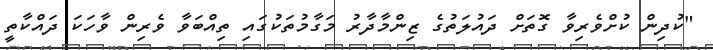
"ކުދިން ކުށްވެރިވާ ގޮތަށް ދައުލަތުގެ ޒިންމާދާރު މަގާމުތަކުގައި ތިއްބަވާ ވެރިން ވާހަކަ ދައްކާތީ